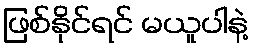
ဖြစ်နိုင်ရင် မယူပါနဲ့